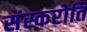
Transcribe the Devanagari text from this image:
संस्करोति